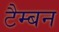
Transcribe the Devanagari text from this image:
टैम्बन